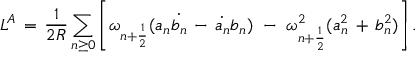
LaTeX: L ^ { A } \, = \, \frac { 1 } { 2 R } \sum _ { n \geq 0 } \left[ \omega _ { n + \frac { 1 } { 2 } } ( a _ { n } \dot { b _ { n } } \, - \, \dot { a _ { n } } b _ { n } ) \, \, - \, \, \omega _ { n + \frac { 1 } { 2 } } ^ { 2 } ( a _ { n } ^ { 2 } \, + \, b _ { n } ^ { 2 } ) \right] .